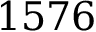
1 5 7 6